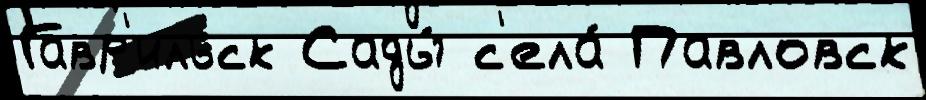
Гавр'ильск Сады́ с'ела́ Павловск